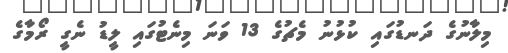
މިލާނުގެ ދަނޑުގައި ކުޅުނު މެޗުގެ 13 ވަނަ މިނެޓުގައި ލީޑު ނެގީ ރޯމާގެ